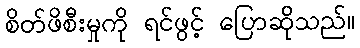
စိတ်ဖိစီးမှုကို ရင်ဖွင့် ပြောဆိုသည်။